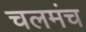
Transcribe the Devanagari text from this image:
चलमंच